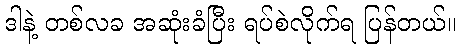
ဒါနဲ့ တစ်လခ အဆုံးခံပြီး ရပ်စဲလိုက်ရ ပြန်တယ်။